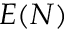
E ( N )